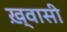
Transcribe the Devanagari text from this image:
ख़्वासी